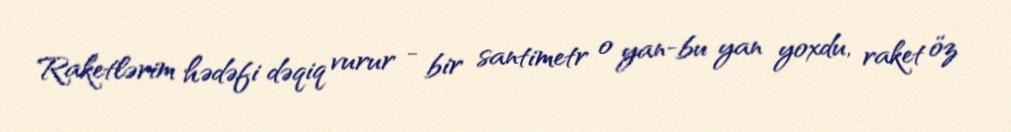
Raketlərim hədəfi dəqiq vurur - bir santimetr o yan-bu yan yoxdu, raket öz